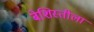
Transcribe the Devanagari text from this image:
बेशिस्तीला